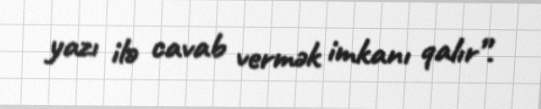
yazı ilə cavab vermək imkanı qalır”.